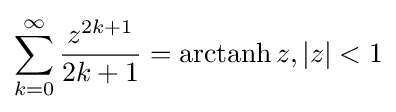
\sum _{k=0}^{\infty }{\frac {z^{2k+1}}{2k+1}}=\operatorname {arctanh} z,|z|<1